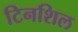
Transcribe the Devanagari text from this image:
टिनशिल